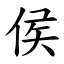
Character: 侯